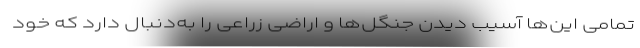
تمامی این‌ها آسیب دیدن جنگل‌ها و اراضی زراعی را به‌دنبال دارد که خود